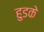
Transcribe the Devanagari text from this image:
हुडके